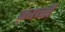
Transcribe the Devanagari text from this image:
क़ानों